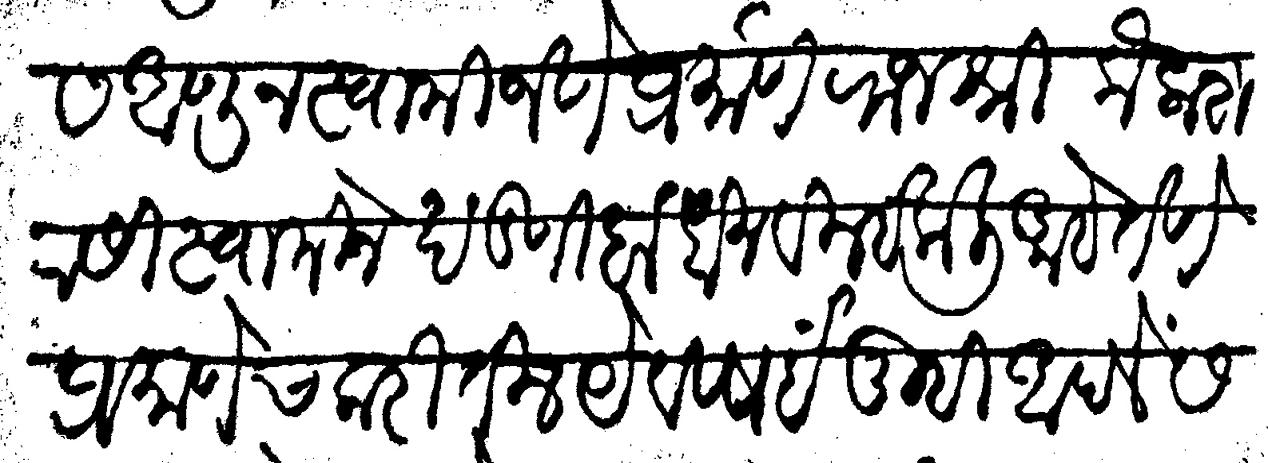
Transliteration (Devanagari): अंतःकर्णास आणून स्वामी जेणेप्रमाणे राजश्री कैलाशवासी स्वामीने खंडणी बांधोन विल्हे केली आहे तेणे प्रमाणेच करितील येविषई तुम्ही आपलें समाधान